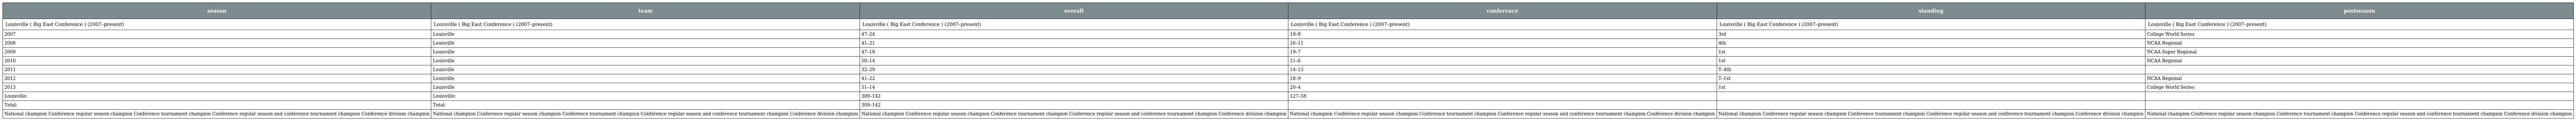
| season | team | overall | conference | standing | postseason |
 | --- | --- | --- | --- | --- | --- |
 | Louisville ( Big East Conference ) (2007–present) | Louisville ( Big East Conference ) (2007–present) | Louisville ( Big East Conference ) (2007–present) | Louisville ( Big East Conference ) (2007–present) | Louisville ( Big East Conference ) (2007–present) | Louisville ( Big East Conference ) (2007–present) |
 | 2007 | Louisville | 47–24 | 19–8 | 3rd | College World Series |
 | 2008 | Louisville | 41–21 | 16–11 | 4th | NCAA Regional |
 | 2009 | Louisville | 47–18 | 19–7 | 1st | NCAA Super Regional |
 | 2010 | Louisville | 50–14 | 21–6 | 1st | NCAA Regional |
 | 2011 | Louisville | 32–29 | 14–13 | T–4th |  |
 | 2012 | Louisville | 41–22 | 18–9 | T–1st | NCAA Regional |
 | 2013 | Louisville | 51–14 | 20–4 | 1st | College World Series |
 | Louisville: | Louisville: | 309–142 | 127–58 |  |  |
 | Total: | Total: | 309–142 |  |  |  |
 | National champion Conference regular season champion Conference tournament champion Conference regular season and conference tournament champion Conference division champion | National champion Conference regular season champion Conference tournament champion Conference regular season and conference tournament champion Conference division champion | National champion Conference regular season champion Conference tournament champion Conference regular season and conference tournament champion Conference division champion | National champion Conference regular season champion Conference tournament champion Conference regular season and conference tournament champion Conference division champion | National champion Conference regular season champion Conference tournament champion Conference regular season and conference tournament champion Conference division champion | National champion Conference regular season champion Conference tournament champion Conference regular season and conference tournament champion Conference division champion |